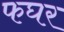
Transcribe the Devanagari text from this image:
फघर